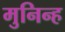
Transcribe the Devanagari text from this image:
मुनिन्ह